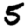
Digit: 5